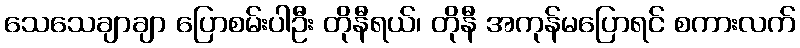
သေသေချာချာ ပြောစမ်းပါဦး တိုနီရယ်၊ တိုနီ အကုန်မပြောရင် စကားလက်